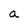
Character: a